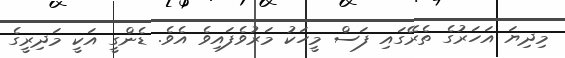
މިދިޔަ އަހަރުގެ ތެރޭގައި ފަސް މީހަކު މަރުވެފައިވެ އެވެ. ޑެންގީ އަކީ މަދިރީގެ